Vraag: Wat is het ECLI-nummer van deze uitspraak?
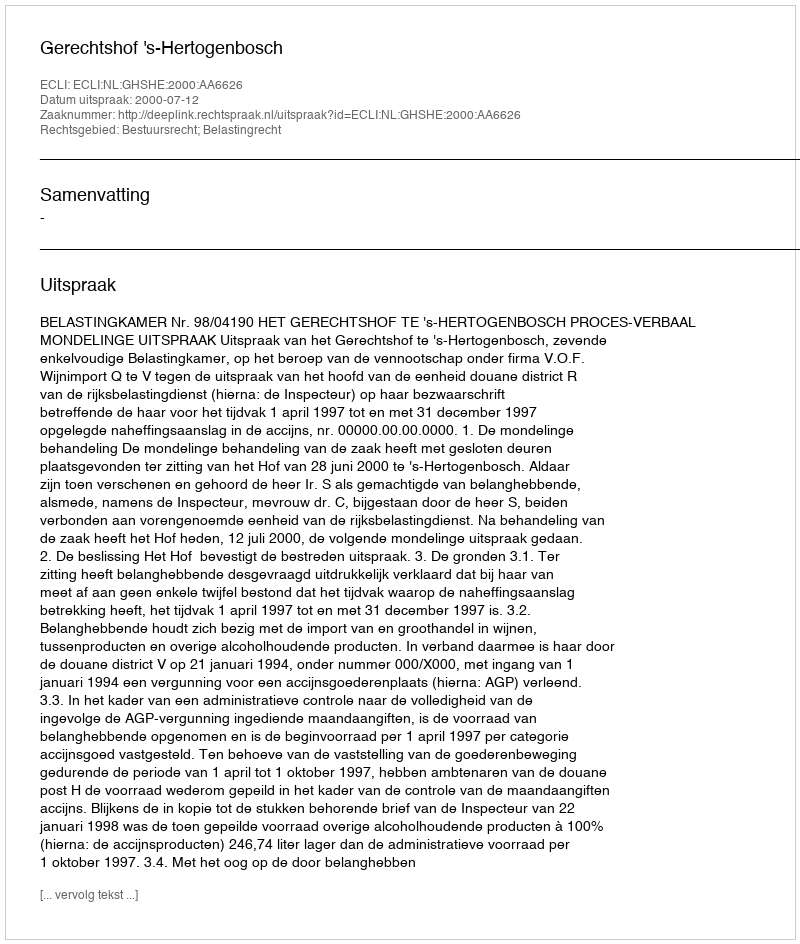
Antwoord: ECLI:NL:GHSHE:2000:AA6626